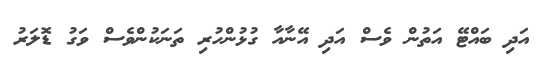
އަދި ބައްޓޭ އަތުން ވެސް އަދި އޭނާއާ ގުޅުންހުރި ތަނަކުންވެސް ވަގު ޑޮލަރު